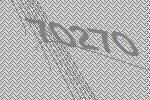
70270